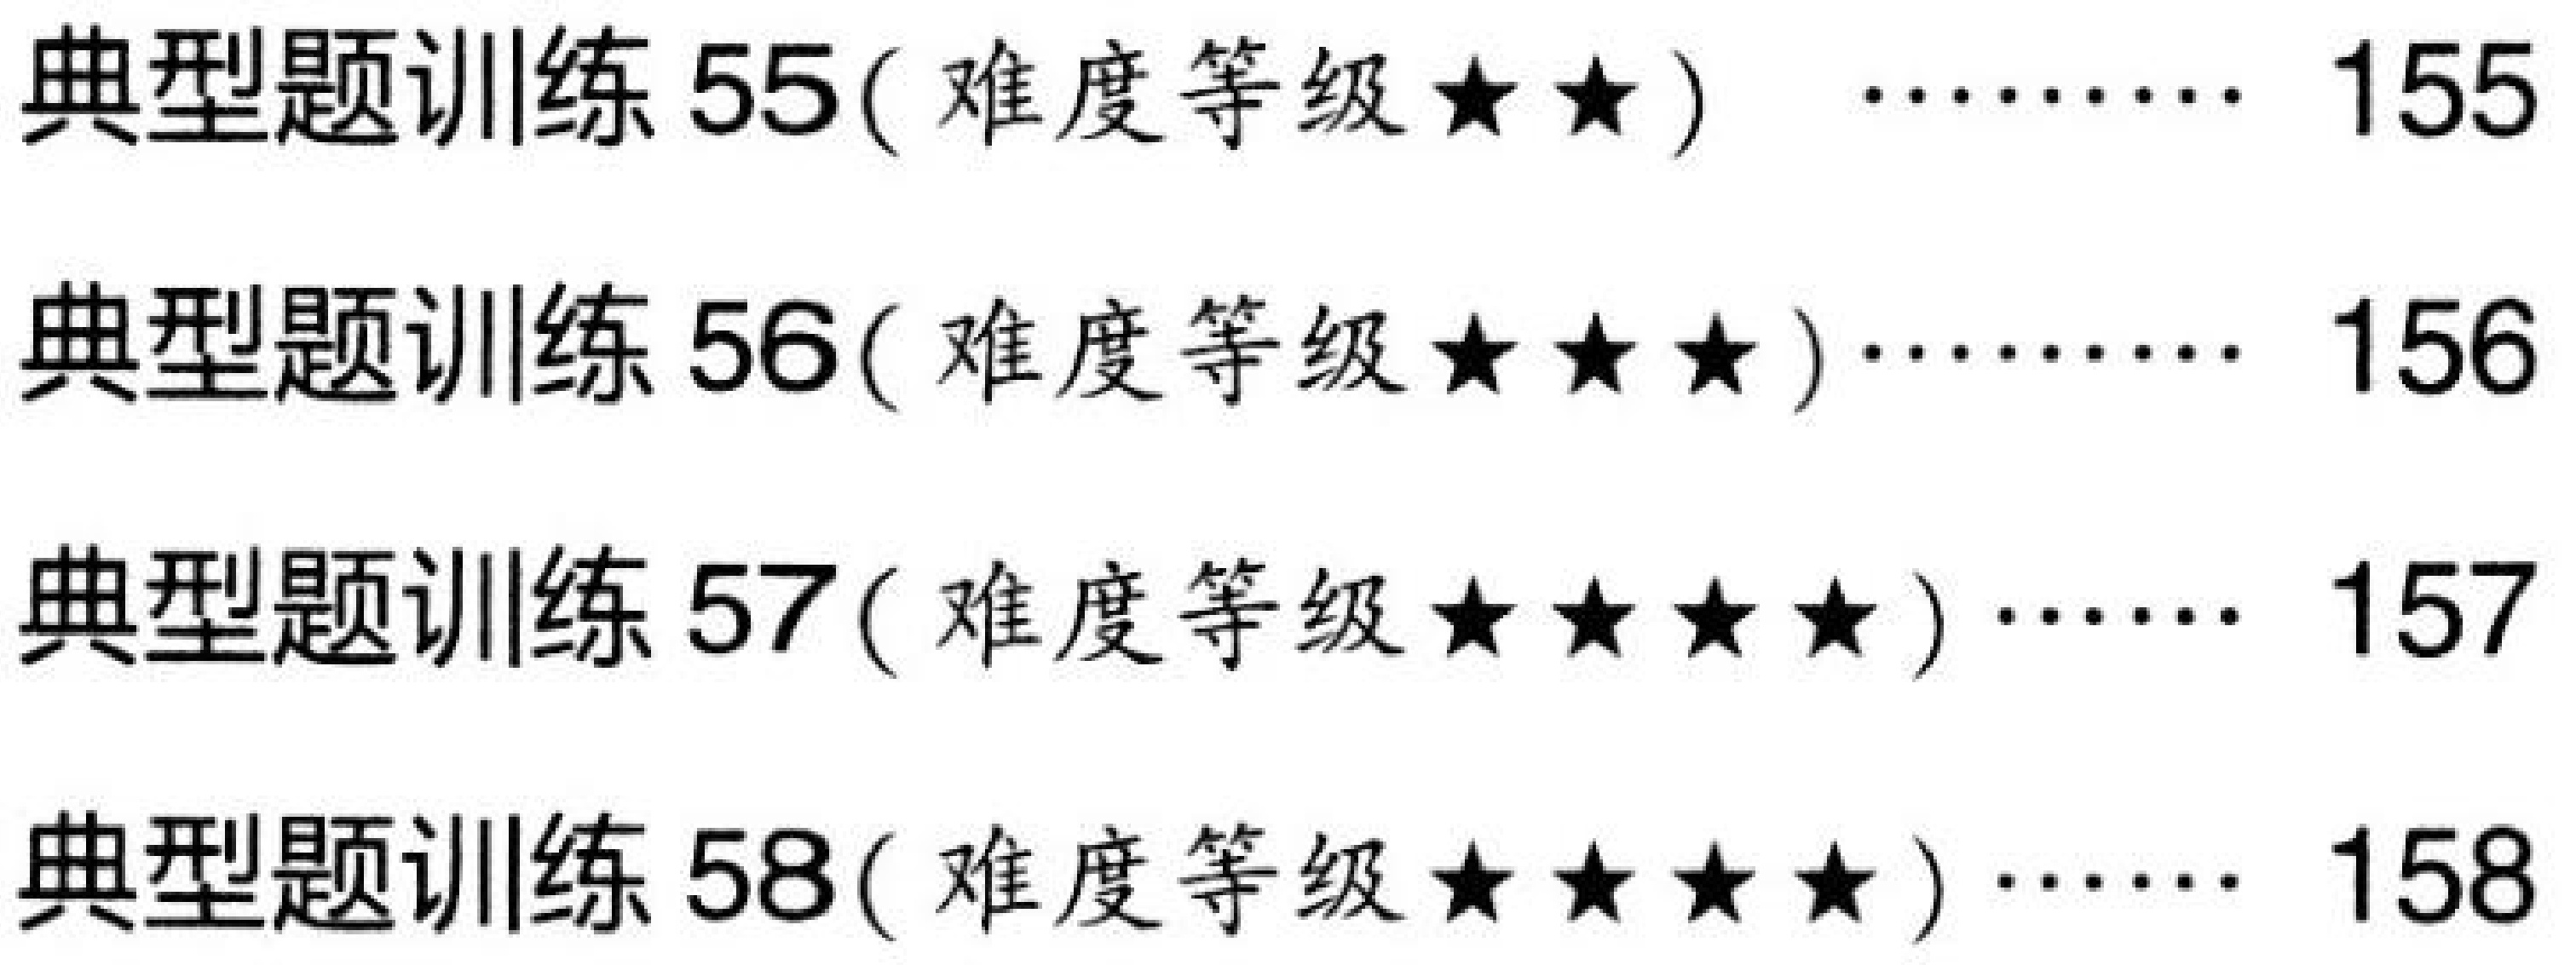
\begin{itemize}
\item 典型题训练 55(难度等级$\star\star$) \hfill 155
\item 典型题训练 56(难度等级$\star\star\star$) \hfill 156
\item 典型题训练 57(难度等级$\star\star\star\star$) \hfill 157
\item 典型题训练 58(难度等级$\star\star\star\star$) \hfill 158
\end{itemize}